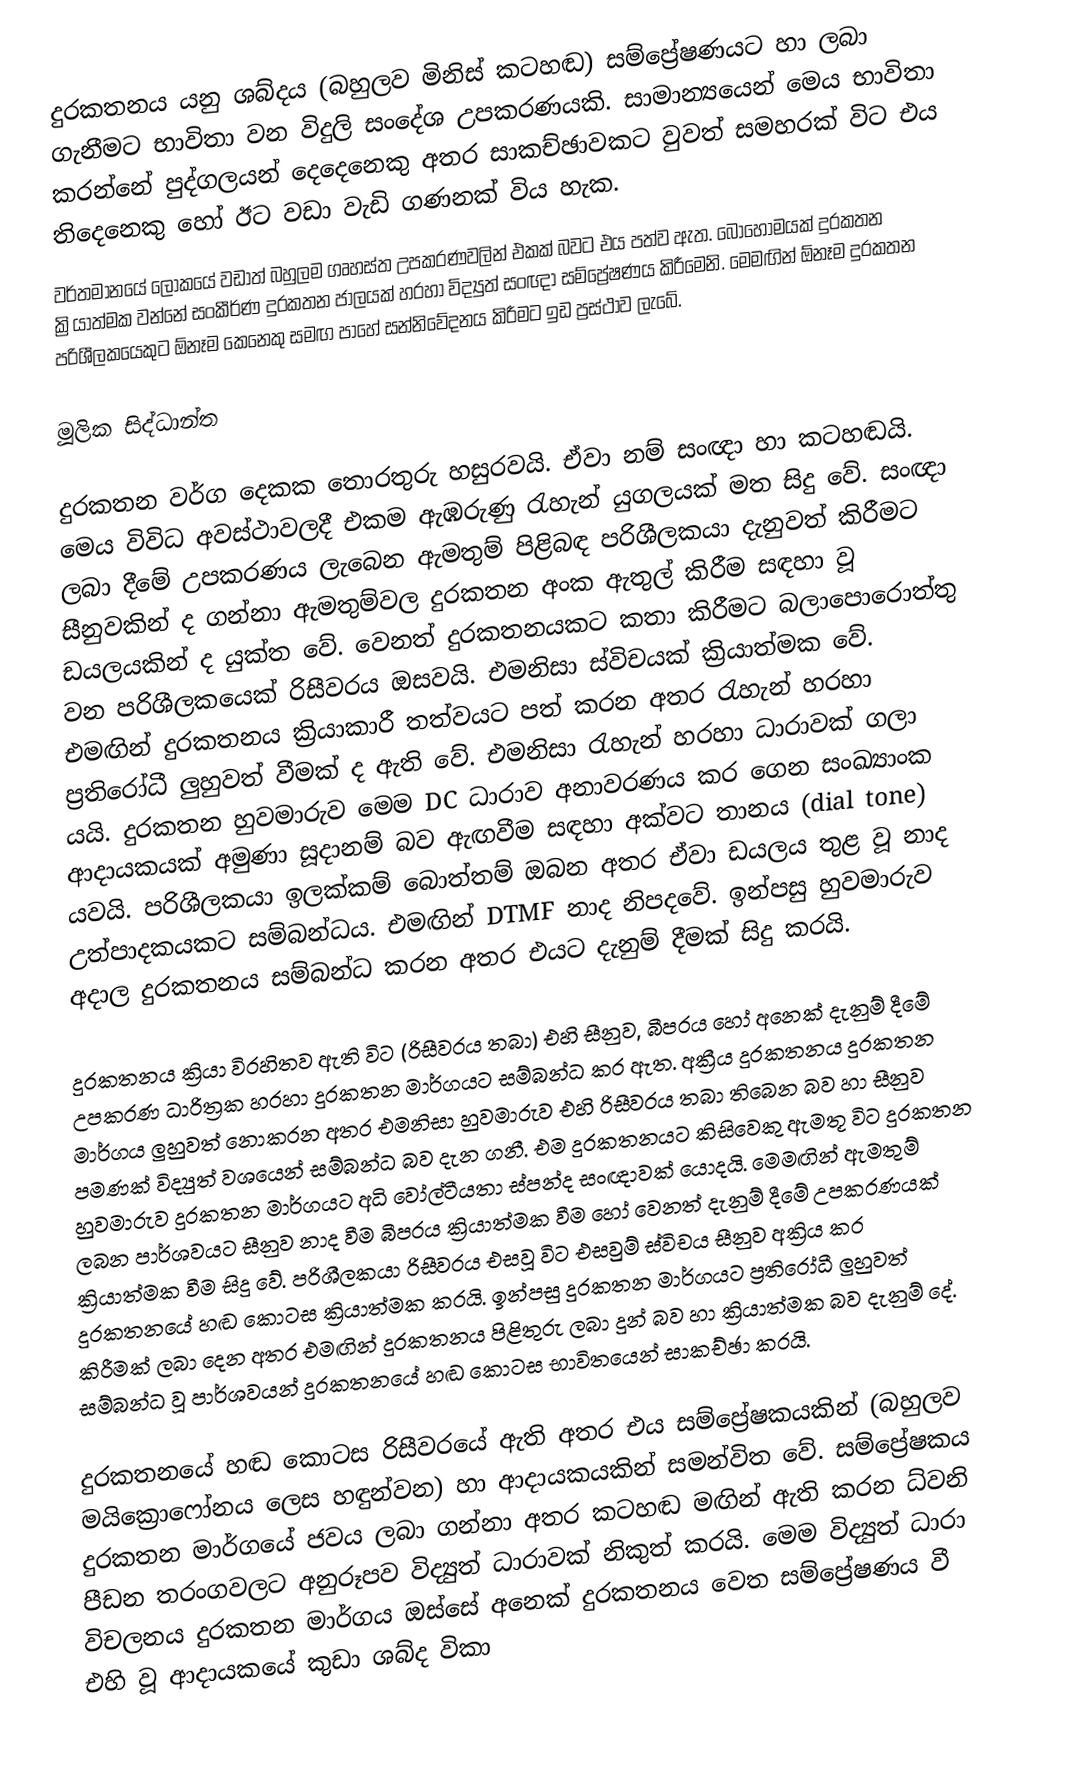
දුරකතනය යනු ශබ්දය (බහුලව මිනිස් කටහඬ) සම්ප්‍රේෂණයට හා ලබා ගැනීමට භාවිතා වන විදුලි සංදේශ උපකරණයකි. සාමාන්‍යයෙන් මෙය භාවිතා කරන්නේ පුද්ගලයන් දෙදෙනෙකු අතර සාකච්ඡාවකට වුවත් සමහරක් විට එය තිදෙනෙකු හෝ ඊට වඩා වැඩි ගණනක් විය හැක.
වර්තමානයේ ලෝකයේ වඩාත් බහුලම ගෘහස්ත උපකරණවලින් එකක් බවට එය පත්ව ඇත. බොහෝමයක් දුරකතන ක්‍රියාත්මක වන්නේ සංකීර්ණ දුරකතන ජාලයක් හරහා විද්‍යුත් සංඥා සම්ප්‍රේෂණය කිරීමෙනි. මෙමඟින් ඕනෑම දුරකතන පරිශීලකයෙකුට ඕනෑම කෙනෙකු සමඟ පාහේ සන්නිවේදනය කිරීමට ඉඩ ප්‍රස්ථාව ලැබේ.

මූලික සිද්ධාන්ත

දුරකතන වර්ග දෙකක තොරතුරු හසුරවයි. ඒවා නම් සංඥා හා කටහඬයි. මෙය විවිධ අවස්ථාවලදී එකම ඇඹරුණු රැහැන් යුගලයක් මත සිදු වේ. සංඥා ලබා දීමේ උපකරණය ලැබෙන ඇමතුම් පිළිබඳ පරිශීලකයා දැනුවත් කිරීමට සීනුවකින් ද ගන්නා ඇමතුම්වල දුරකතන අංක ඇතුල් කිරීම සඳහා වූ ඩයලයකින් ද යුක්ත වේ. වෙනත් දුරකතනයකට කතා කිරීමට බලාපොරොත්තු වන පරිශීලකයෙක් රිසීවරය ඔසවයි. එමනිසා ස්විචයක් ක්‍රියාත්මක වේ. එමඟින් දුරකතනය ක්‍රියාකාරී තත්වයට පත් කරන අතර රැහැන් හරහා ප්‍රතිරෝධී ලුහුවත් වීමක් ද ඇති වේ. එමනිසා රැහැන් හරහා ධාරාවක් ගලා යයි. දුරකතන හුවමාරුව මෙම DC ධාරාව අනාවරණය කර ගෙන සංඛ්‍යාංක ආදායකයක් අමුණා සූදානම් බව ඇඟවීම සඳහා අක්වට තානය (dial tone) යවයි. පරිශීලකයා ඉලක්කම්  බොත්තම් ඔබන අතර ඒවා ඩයලය තුළ වූ නාද උත්පාදකයකට සම්බන්ධය. එමඟින් DTMF නාද නිපදවේ. ඉන්පසු හුවමාරුව අදාල දුරකතනය සම්බන්ධ කරන අතර එයට දැනුම් දීමක් සිදු කරයි.

දුරකතනය ක්‍රියා විරහිතව ඇති විට (රිසීවරය තබා) එහි සීනුව, බීපරය හෝ අනෙක් දැනුම් දීමේ උපකරණ ධාරිත්‍රක හරහා දුරකතන මාර්ගයට සම්බන්ධ කර ඇත. අක්‍රීය දුරකතනය දුරකතන මාර්ගය ලුහුවත් නොකරන අතර එමනිසා හුවමාරුව එහි රිසීවරය තබා තිබෙන බව හා සීනුව පමණක් විද්‍යුත් වශයෙන් සම්බන්ධ බව දැන ගනී. එම දුරකතනයට කිසිවෙකු ඇමතූ විට දුරකතන හුවමාරුව දුරකතන මාර්ගයට අධි වෝල්ටීයතා ස්පන්ද සංඥාවක් යොදයි. මෙමඟින් ඇමතුම් ලබන පාර්ශවයට සීනුව නාද වීම බීපරය ක්‍රියාත්මක වීම හෝ වෙනත් දැනුම් දීමේ උපකරණයක් ක්‍රියාත්මක වීම සිදු වේ. පරිශීලකයා රිසීවරය එසවූ විට එසවුම් ස්විචය සීනුව අක්‍රිය කර දුරකතනයේ හඬ කොටස ක්‍රියාත්මක කරයි. ඉන්පසු දුරකතන මාර්ගයට ප්‍රතිරෝධී ලුහුවත් කිරීමක් ලබා දෙන අතර එමඟින් දුරකතනය පිළිතුරු ලබා දුන් බව හා ක්‍රියාත්මක බව දැනුම් දේ. සම්බන්ධ වූ පාර්ශවයන් දුරකතනයේ හඬ කොටස භාවිතයෙන් සාකච්ඡා කරයි.

දුරකතනයේ හඬ කොටස රිසීවරයේ ඇති අතර එය සම්ප්‍රේෂකයකින් (බහුලව මයික්‍රොෆෝනය ලෙස හඳුන්වන) හා ආදායකයකින් සමන්විත වේ. සම්ප්‍රේෂකය දුරකතන මාර්ගයේ ජවය ලබා ගන්නා අතර කටහඬ මඟින් ඇති කරන ධ්වනි පීඩන තරංගවලට අනුරූපව විද්‍යුත් ධාරාවක් නිකුත් කරයි. මෙම විද්‍යුත් ධාරා විචලනය දුරකතන මාර්ගය ඔස්සේ අනෙක් දුරකතනය වෙත සම්ප්‍රේෂණය වී එහි වූ ආදායකයේ කුඩා ශබ්ද විකා